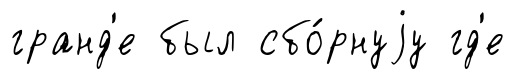
гранд'е был сбо́рнуjу гд'е